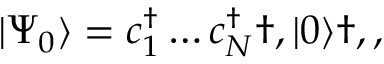
\vert \Psi _ { 0 } \rangle = c _ { 1 } ^ { \dagger } \hdots c _ { N } ^ { \dagger } \dag , \vert 0 \rangle \dag , ,